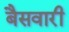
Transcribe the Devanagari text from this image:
बैसवारी